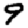
Digit: 9